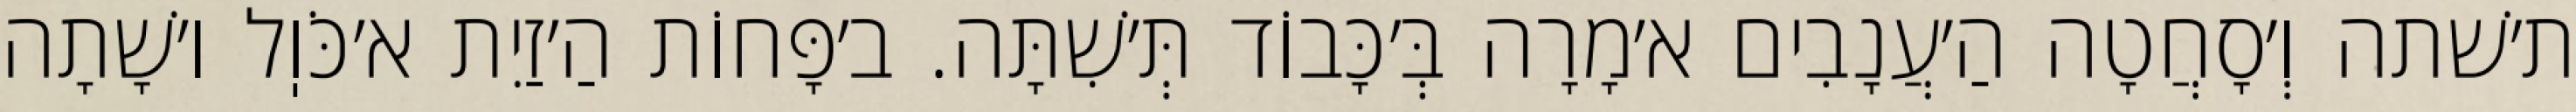
ת׳שׁתה וְ׳סָחֲטָה הַ׳עֲנָבִים א׳מָרָה בְּ׳כָּבוֹד תְּ׳שִׁתָּה. ב׳פָּחוֹת הַ׳זַיִת א׳כֹּוֽל ו׳שָׁתָה